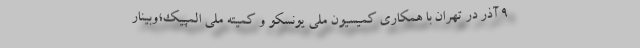
9 آذر در تهران با همکاری کمیسیون ملی یونسکو و کمیته ملی المپیک؛وبینار